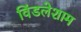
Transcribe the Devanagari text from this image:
विंडलेशाम